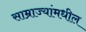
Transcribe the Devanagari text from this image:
साम्राज्यांमधील